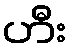
ဟီး